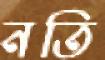
নতি